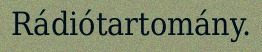
Rádiótartomány.